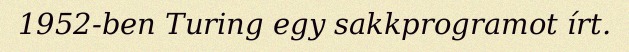
1952-ben Turing egy sakkprogramot írt.